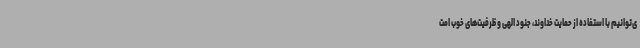
ی‌توانیم با استفاده از حمایت خداوند، جنود الهی و ظرفیت‌های خوب امت